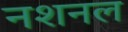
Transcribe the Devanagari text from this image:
नशनल